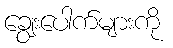
ချွေးပေါက်များကို